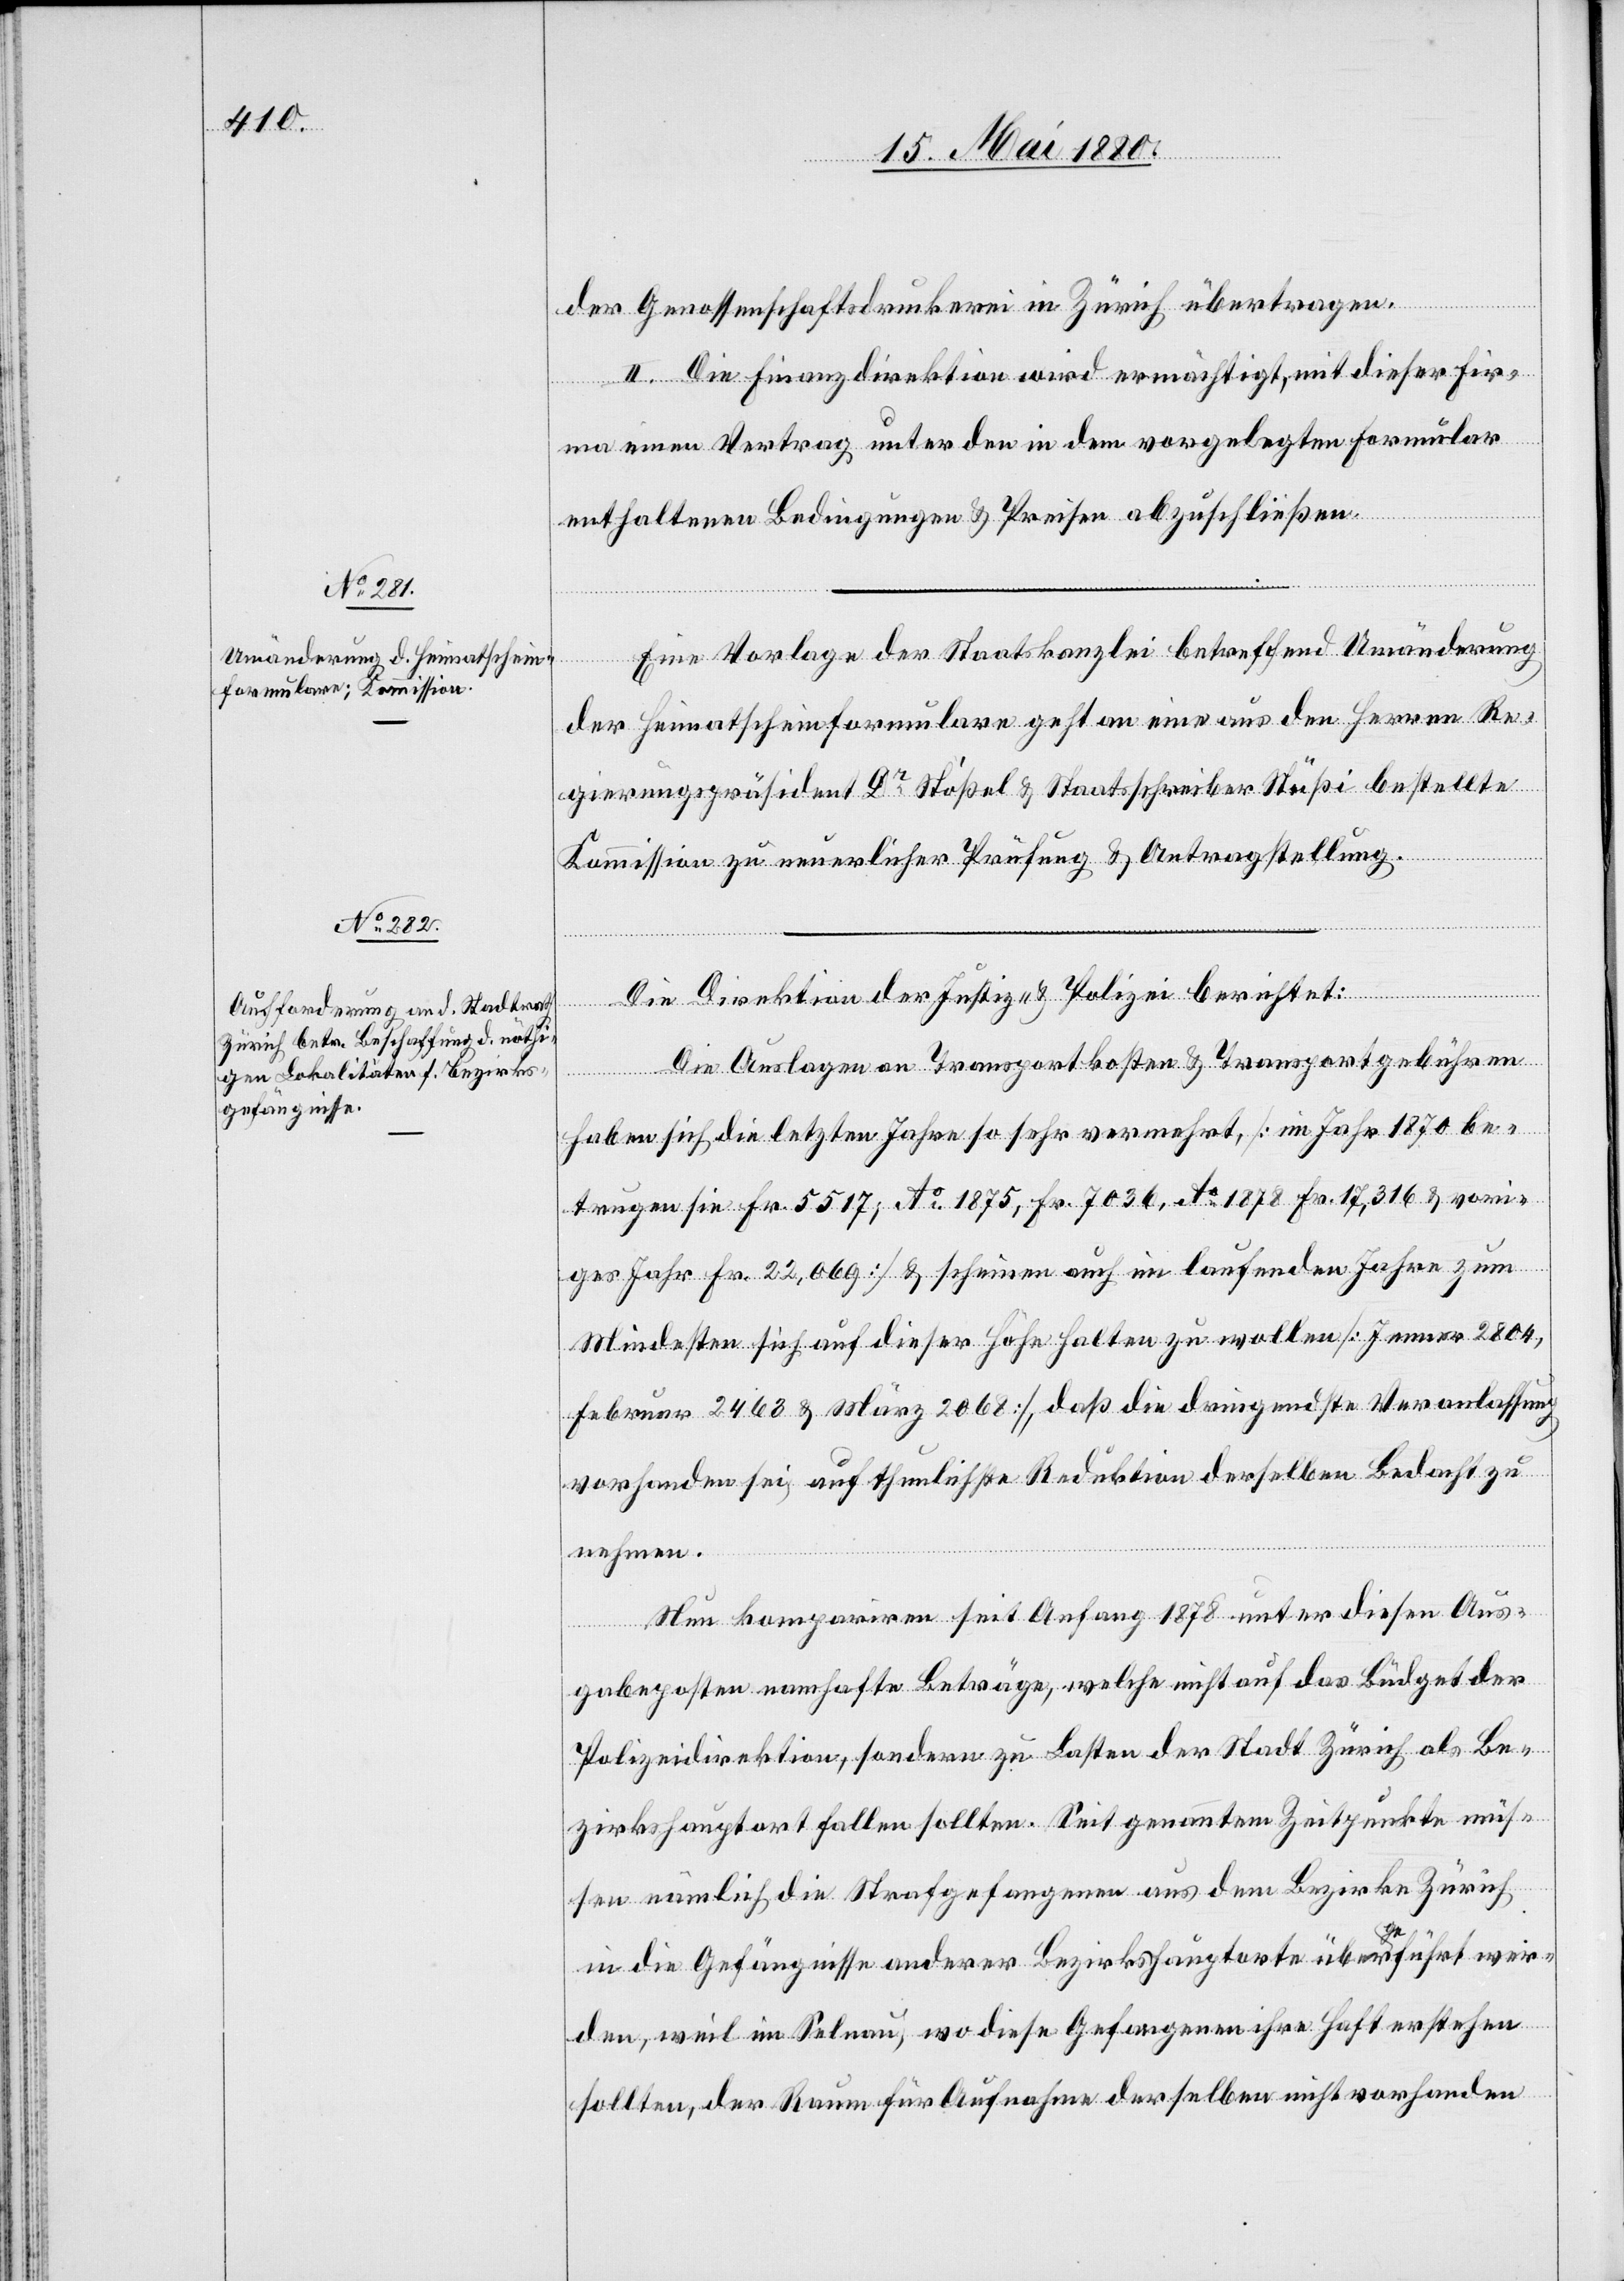
der Genossenschaftsdruckerei in Zürich übertragen.
II. Die Finanzdirektion wird ermächtigt, mit dieser Fir¬
ma einen Vertrag unter den in dem vorgelegten Formular
enthaltenen Bedingungen & Preisen abzuschließen.
Eine Vorlage der Staatskanzlei betreffend Umänderung
der Heimatscheinformulare geht an eine aus den Herren Re¬
gierungspräsident Dr Stößel & Staatsschreiber Stüßi bestellten
Kommission zu neuerlicher Prüfung & Antragstellung.
Die Direktion der Justiz & Polizei berichtet:
Die Auslagen an Transportkosten & Transportgebühren
haben sich die letzten Jahre so sehr vermehrt, [im Jahr 1870 be¬
trugen sie Fr. 5517; Ao 1875, Fr. 7036, Ao 1878 Fr. 17,316 & vori¬
ges Jahr Fr. 22,069] & scheinen auch im laufenden Jahre zum
Mindesten sich auf dieser Höhe halten zu wollen [Jenner 2804,
Februar 2463 & März 2068], daß die dringendste Veranlassung
vorhanden sei, auf thunlichste Reduktion derselben Bedacht zu
nehmen.
Nun kompariren seit Anfang 1878 unter diesen Aus¬
gabeposten namhafte Beträge, welche nicht auf das Büdget der
Polizeidirektion, sondern zu Lasten der Stadt Zürich als Be¬
zirkshauptort fallen sollten. Seit genanntem Zeitpunkte müs¬
sen nämlich die Strafgefangenen aus dem Bezirke Zürich
in di Gefängnisse anderer Bezirkshauptorte übergeführt wer¬
den, weil im Selnau, wo diese Gefangenen ihre Haft erstehen
sollten, der Raum für Aufnahme derselben nicht vorhanden